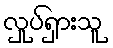
လှုပ်ရှားသူ